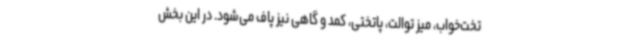
تخت‌خواب، میز توالت، پاتختی، کمد و گاهی نیز پاف می‌شود. در این بخش